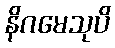
နိဂမေသုပိ